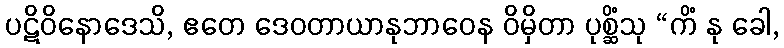
ပဋိဝိနောဒေသိ, ဧတေ ဒေဝတာယာနုဘာဝေန ဝိမှိတာ ပုစ္ဆိံသု “ကိံ နု ခေါ,